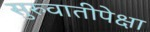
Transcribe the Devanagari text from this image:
सुरुवातीपेक्षा